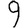
Digit: 9